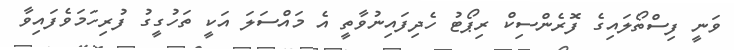
ވަނީ ފިސްތޯލައިގެ ފޮރެންސިކް ރިޕޯޓު ހެދިފައިނުވާތީ އެ މައްސަލަ އަކީ ތަހުގީގު ފުރިހަމަވެފައިވާ